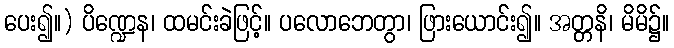
ပေး၍။) ပိဏ္ဍေန၊ ထမင်းခဲဖြင့်။ ပလောဘေတွာ၊ ဖြားယောင်း၍။ အတ္တနိ၊ မိမိ၌။